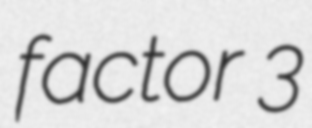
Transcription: factor 3